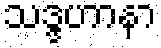
သဒ္ဒဟာနာ